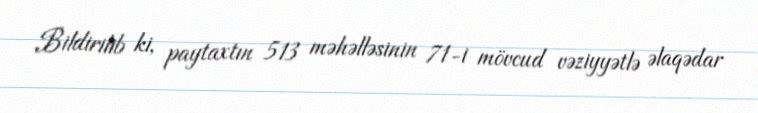
Bildirilib ki, paytaxtın 513 məhəlləsinin 71-i mövcud vəziyyətlə əlaqədar